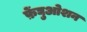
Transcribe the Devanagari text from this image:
फ़ेंघुओशन